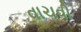
વાચવી